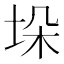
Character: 垛